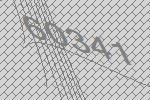
60341